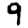
Digit: 9